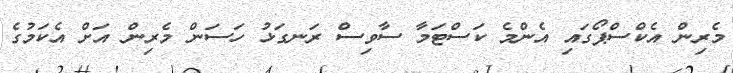
މެރިން އެކްސްޕޯގައި އެންމެ ކަސްޓަމާ ސާވިސް ރަނގަޅު ހަސަން މެރިން އަށް އެކަމުގެ